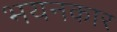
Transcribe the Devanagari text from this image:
भयनकार